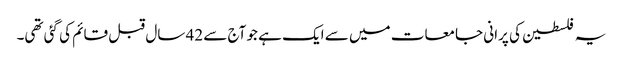
یہ فلسطین کی پرانی جامعات میں سے ایک ہے جو آج سے 42 سال قبل قائم کی گئی تھی۔